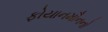
ફોયાનમૌનનો